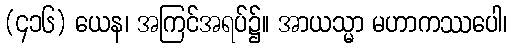
(၄၁၆) ယေန၊ အကြင်အရပ်၌။ အာယသ္မာ မဟာကဿပေါ၊